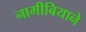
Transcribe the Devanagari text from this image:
नामीबियाने